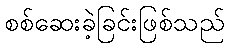
စစ်ဆေးခဲ့ခြင်းဖြစ်သည်